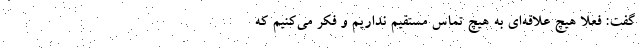
گفت: فعلا هیچ علاقه‌ای به هیچ تماس مستقیم نداریم و فکر می‌کنیم که